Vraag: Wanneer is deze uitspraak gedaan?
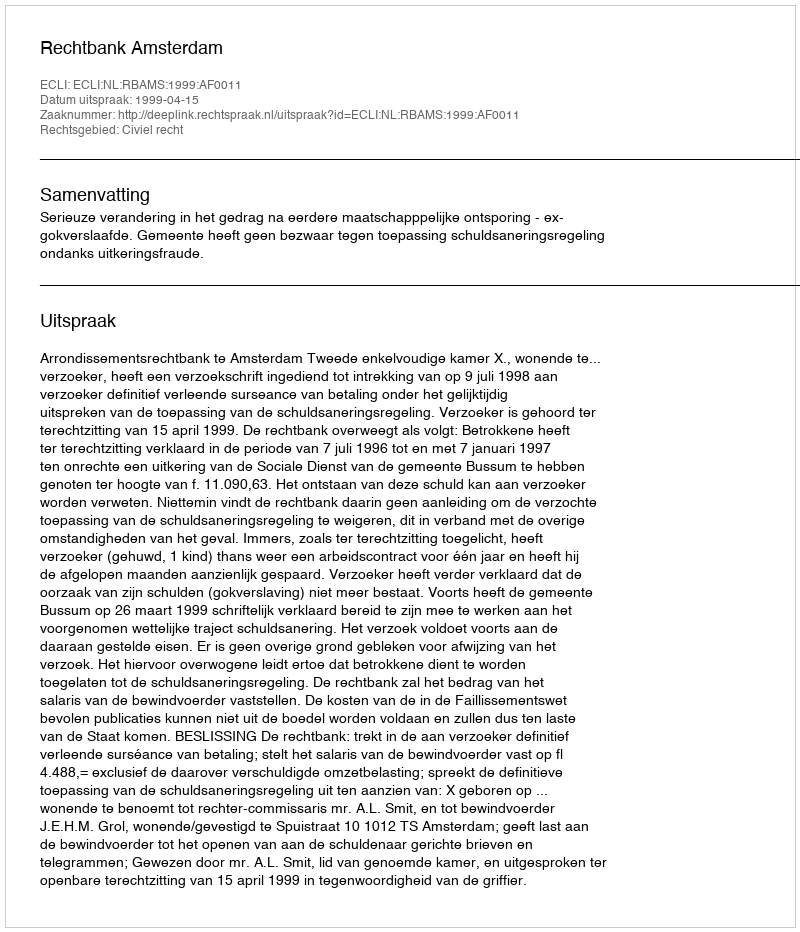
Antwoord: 1999-04-15